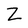
Character: Z